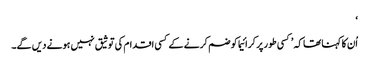
‘
اُن کا کہنا تھا کہ ’کسی طور پر کرائیما کو ضم کرنے کے کسی اقدام کی توثیق نہیں ہونے دیں گے۔